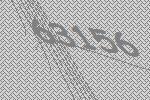
63156